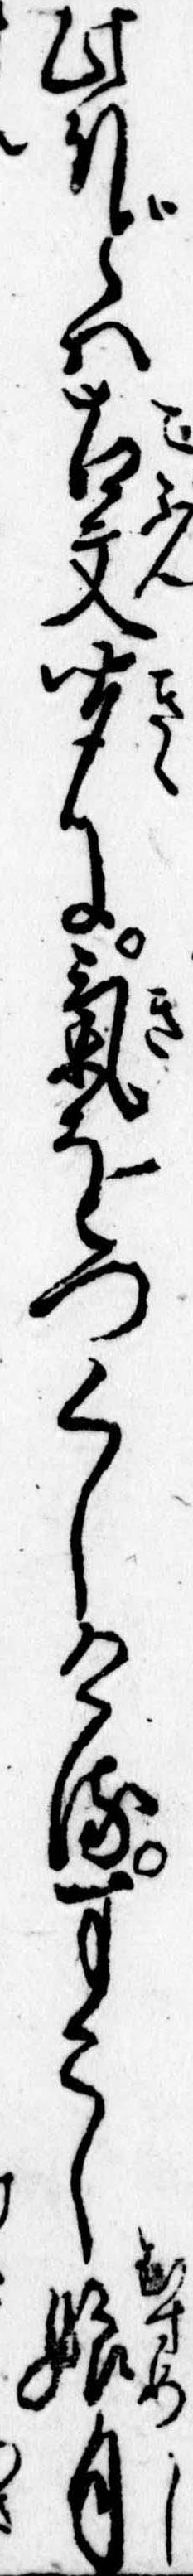
此ほどは古文聞に気をつくしけるすこし娘自